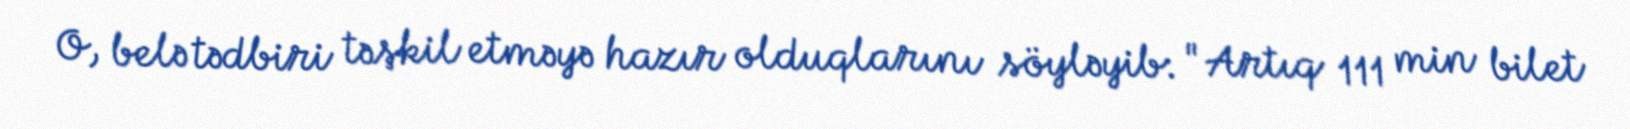
O, belə tədbiri təşkil etməyə hazır olduqlarını söyləyib: "Artıq 111 min bilet